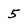
Character: 5